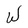
Character: W